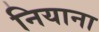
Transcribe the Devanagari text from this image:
नियाना